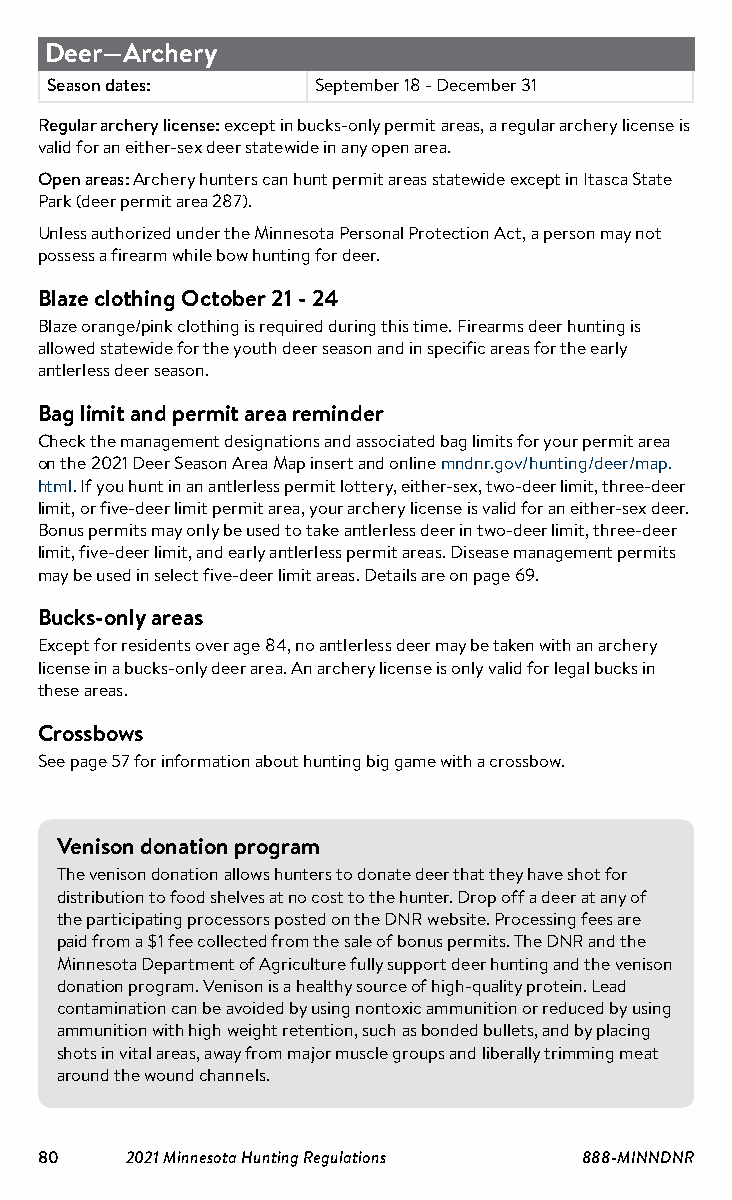
Deer—Archery
 Subject           Dates
 Season dates:     September 18 - December 31
 Regular archery license: except in bucks-only permit areas, a regular archery license is
 valid for an either-sex deer statewide in any open area.
 Open areas: Archery hunters can hunt permit areas statewide except in Itasca State
 Park (deer permit area 287).
 Unless authorized under the Minnesota Personal Protection Act, a person may not
 possess a firearm while bow hunting for deer.
 Blaze clothing October 21 - 24
 Blaze orange/pink clothing is required during this time. Firearms deer hunting is
 allowed statewide for the youth deer season and in specific areas for the early
 antlerless deer season.
 Bag limit and permit area reminder
 Check the management designations and associated bag limits for your permit area
 on the 2021 Deer Season Area Map insert and online mndnr.gov/hunting/deer/map.
 html. If you hunt in an antlerless permit lottery, either-sex, two-deer limit, three-deer
 limit, or five-deer limit permit area, your archery license is valid for an either-sex deer.
 Bonus permits may only be used to take antlerless deer in two-deer limit, three-deer
 limit, five-deer limit, and early antlerless permit areas. Disease management permits
 may be used in select five-deer limit areas. Details are on page 69.
 Bucks-only areas
 Except for residents over age 84, no antlerless deer may be taken with an archery
 license in a bucks-only deer area. An archery license is only valid for legal bucks in
 these areas.
 Crossbows
 See page 57 for information about hunting big game with a crossbow.
 Venison donation program
 The venison donation allows hunters to donate deer that they have shot for
 distribution to food shelves at no cost to the hunter. Drop off a deer at any of
 the participating processors posted on the DNR website. Processing fees are
 paid from a $1 fee collected from the sale of bonus permits. The DNR and the
 Minnesota Department of Agriculture fully support deer hunting and the venison
 donation program. Venison is a healthy source of high-quality protein. Lead
 contamination can be avoided by using nontoxic ammunition or reduced by using
 ammunition with high weight retention, such as bonded bullets, and by placing
 shots in vital areas, away from major muscle groups and liberally trimming meat
 around the wound channels.
 80    2021 Minnesota Hunting Regulations 888-MINNDNR